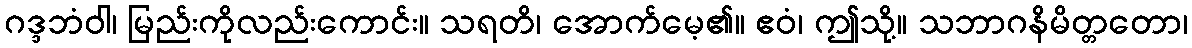
ဂဒ္ဒဘံဝါ၊ မြည်းကိုလည်းကောင်း။ သရတိ၊ အောက်မေ့၏။ ဧဝံ၊ ဤသို့။ သဘာဂနိမိတ္တတော၊